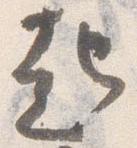
起